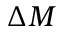
\Delta M